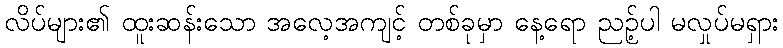
လိပ်များ၏ ထူးဆန်းသော အလေ့အကျင့် တစ်ခုမှာ နေ့ရော ညဉ့်ပါ မလှုပ်မရှား